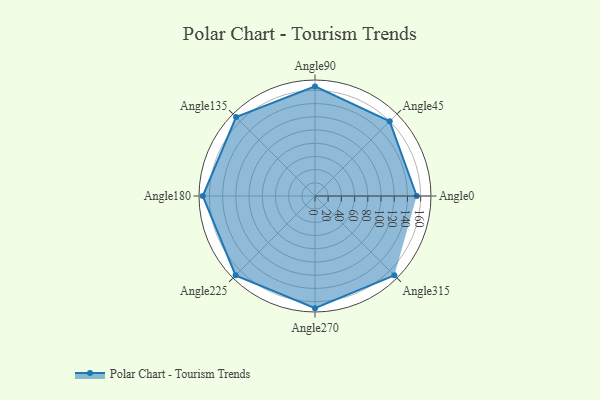
{"axis": {"x": "Angle", "y": "Radius"}, "legend": [""], "data": [{"x": "Angle0", "y": 154.0, "type": ""}, {"x": "Angle45", "y": 160.0, "type": ""}, {"x": "Angle90", "y": 166.0, "type": ""}, {"x": "Angle135", "y": 169.0, "type": ""}, {"x": "Angle180", "y": 170, "type": ""}, {"x": "Angle225", "y": 170, "type": ""}, {"x": "Angle270", "y": 170, "type": ""}, {"x": "Angle315", "y": 170, "type": ""}]}